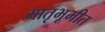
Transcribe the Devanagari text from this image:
मातृभूमीत